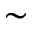
\sim